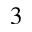
_ 3